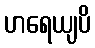
ဟရေယျပိ